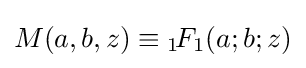
M(a,b,z)\equiv {}_{1}\!F_{1}(a;b;z)